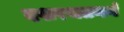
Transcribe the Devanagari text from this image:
दशरथतनयं